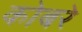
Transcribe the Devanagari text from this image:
कोबरे